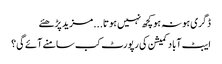
ڈگری ہو نہ ہو کچھ نہیں ہوتا...	مزید پڑھئے
ایبٹ آباد کمیشن کی رپورٹ کب سامنے آئے گی؟